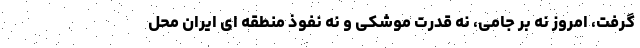
گرفت، امروز نه بر جامی، نه قدرت موشکی و نه نفوذ منطقه ای ایران محل